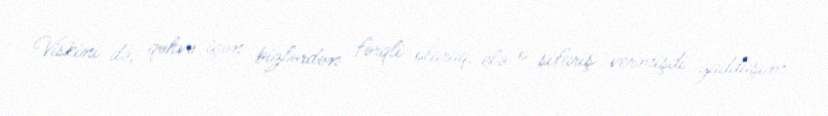
Viskini də, qəhvə içən bizlərdən fərqli olaraq, elə o sifariş vermişdi yaddaşım